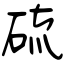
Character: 硫